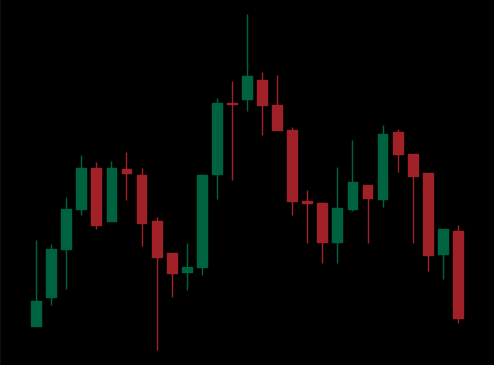
Pattern: head_shoulders